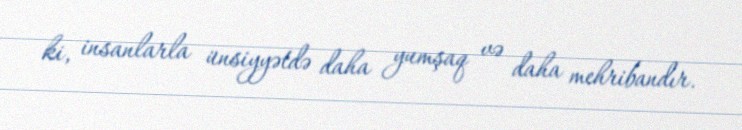
ki, insanlarla ünsiyyətdə daha yumşaq və daha mehribandır.